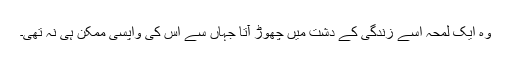
وہ ایک لمحہ اسے زندگی کے دشت میں چھوڑ آتا جہاں سے اس کی واپسی ممکن ہی نہ تھی۔